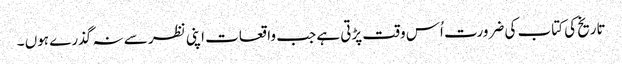
تاریخ کی کتاب کی ضرورت اُس وقت پڑتی ہے جب واقعات اپنی نظر سے نہ گذرے ہوں ۔